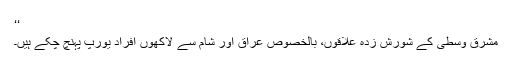
‘‘
مشرق وسطیٰ کے شورش زدہ علاقوں، بالخصوص عراق اور شام سے لاکھوں افراد یورپ پہنچ چکے ہیں۔